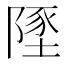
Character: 𨻐